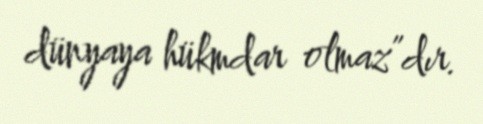
dünyaya hükmdar olmaz”dır.